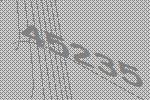
45235